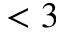
< 3